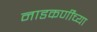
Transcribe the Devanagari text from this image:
नाडकर्णींच्या